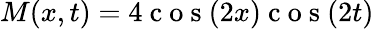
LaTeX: M(x,t)=4\mathrm{~c~o~s~}(2x)\mathrm{~c~o~s~}(2t)